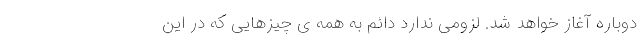
دوباره آغاز خواهد شد. لزومی ندارد دائم به همه ی چیزهایی که در این